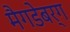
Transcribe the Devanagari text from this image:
मैगडेबर्ग